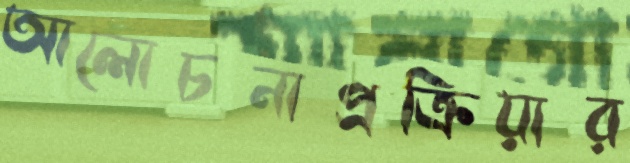
আলোচনাপ্রক্রিয়ার